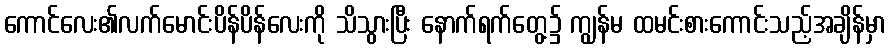
ကောင်လေး၏လက်မောင်းပိန်ပိန်လေးကို သိသွားပြီး နောက်ရက်တွေ့၌ ကျွန်မ ထမင်းစားကောင်းသည့်အချိန်မှာ